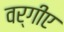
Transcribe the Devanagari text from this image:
वर्गीए